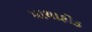
માથાફોડ